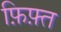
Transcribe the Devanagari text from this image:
फ़िफ़्त